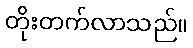
တိုးတက်လာသည်။